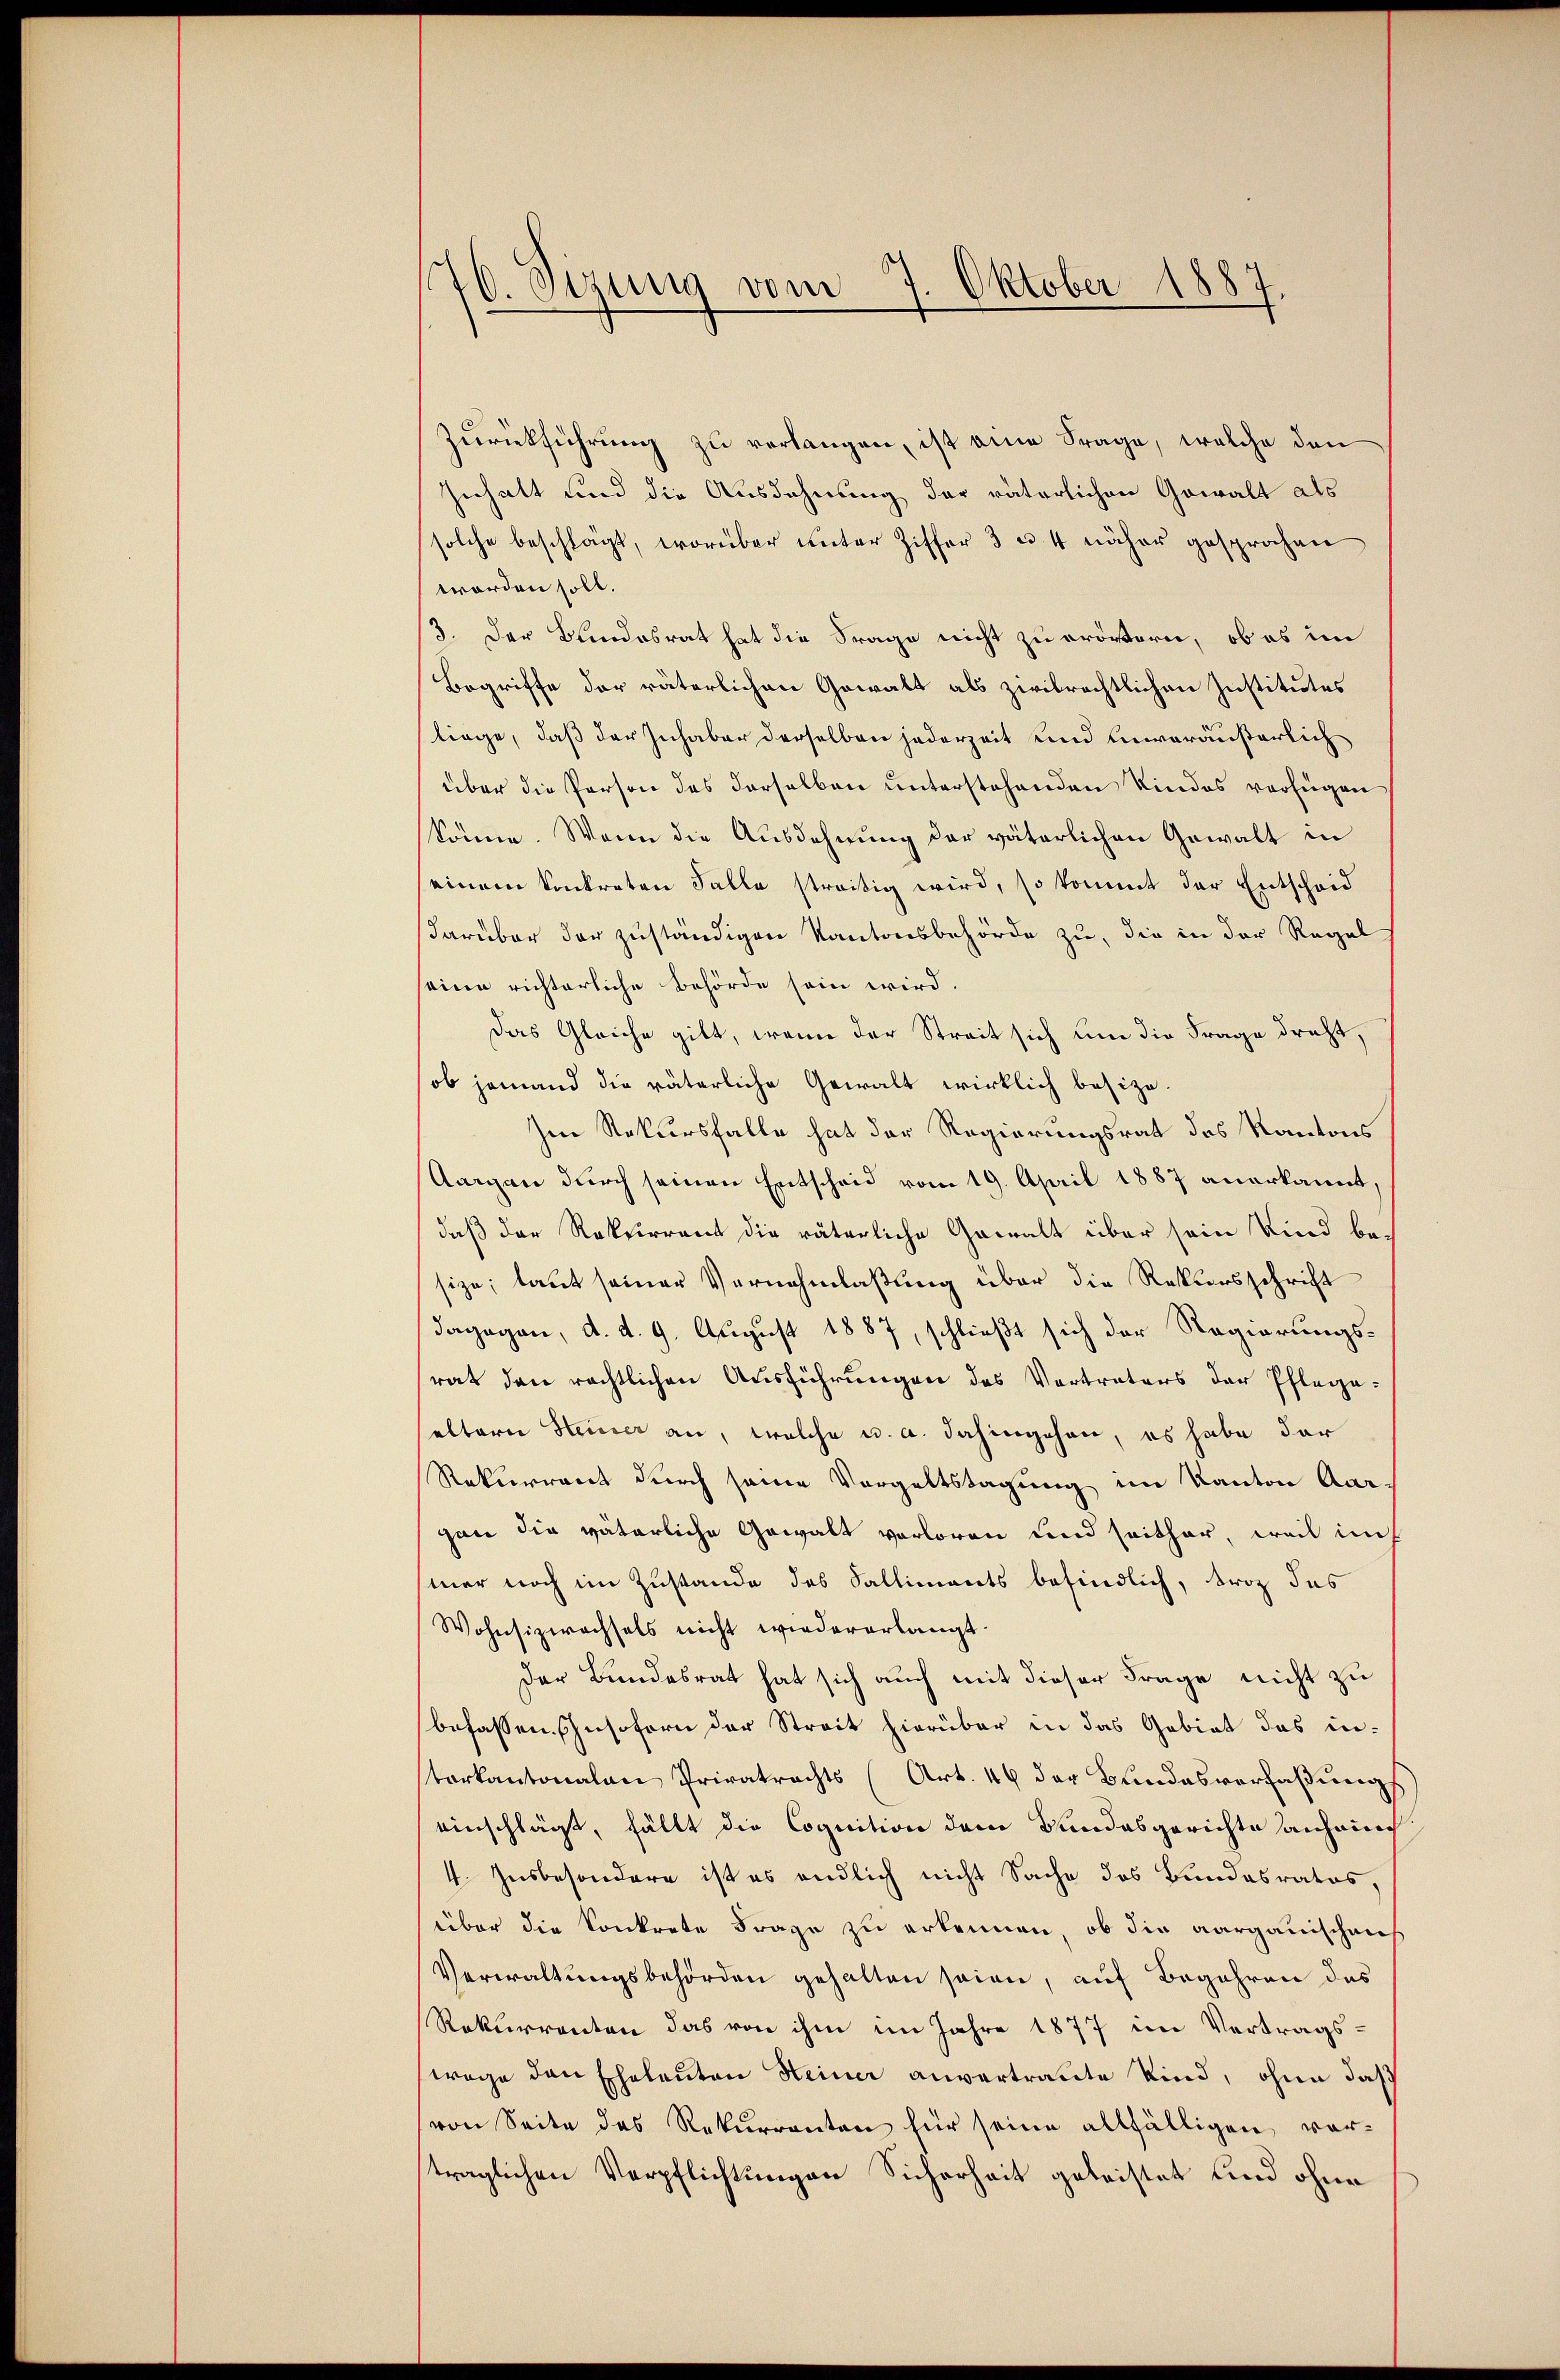
176. Sizung vom 7. Oktober 1887.

Zurückführung zu verlangen, ist eine Frage, welche den
Inhalt und die Ausdehnung der väterlichen Gewalt als
solche beschlägt, worüber unter Ziffer 3 u. 4 näher gesprochen
worden soll.
3. Der Bundesrat hat die Frage nicht zu erörtern, ob es im
Begriffe der väterlichen Gewalt als zivilrechtlichen Institutes
liege, daß der Inhaber derselben jederzeit und unveräußerlich
über die Person des derselben unterstehenden Kindes verfügen
könne. Wenn die Ausdehnung der väterlichen Gewalt in
einem Sonkreten Falle streitig wird, so kommt der Entscheid
darüber der zuständigen Kantonsbehörde zu, die in der Regel
seine richterliche Behörde sein wird.
Das Gleiche gilt, wenn der Streit sich um die Frage dricht,
ob jemand die väterliche Gewalt wirklich besize¬
Im Rekursfalle hat der Regierungsrat des Kantons
Aargau durch seinen Entscheid vom 19. April 1887 anerkannt,
daß der Rekurrent die väterliche Gewalt über sein Kind be-
size; laut seiner Vernehmlassung über die Rekursschrift
dagegen, d. d. 9. August 1887, schließt sich der Regierungsrat den rechtlichen Ausführungen des Vertraters der Pflegaaltern Steiner an, welche u. a. dahingehen, es habe dar
Rekurrent durch seine Vorgeltstagung im Kanton Aar-
gan die väterliche Gewalt verloren und seither, weil auch
mer noch im Zustande des Kalliments befindlich, troz das
Wohnsizwachsels nicht wiedererlangt.
Der Bundesrat hat sich auch mit dieser Frage nicht zu
befassen. Insofern der Streit hierüber in das Gebiet das interkantonalen Privatrechts (Art. 46 der Bundesverfaßungs
einschlägt, fällt die Cognition dem Bundesgerichte anhain
4. Insbesondere ist es endlich nicht Sache des Bundesrates,
über die Konkrete Frage zu erkennen, ob die aargauischen
Verwaltungsbehörden gehalten seien, auf Begehren des
Rekurrenten das von ihm im Jahre 1877 im Vertragswege den Eheleuten Heiner anvertraute Kind, ohne daß
von Seite des Rekurrenten für seine allfälligen vorträglichen Verpflichtungen Sicherheit geleistet und ohne